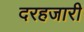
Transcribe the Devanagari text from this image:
दरहजारी